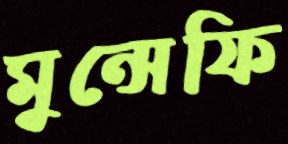
মুন্সেফি